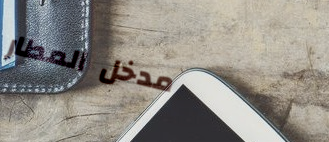
مدخل المطار